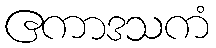
ဧကာဒသကံ